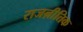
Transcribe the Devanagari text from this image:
राजऩीतिक